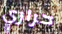
حراري